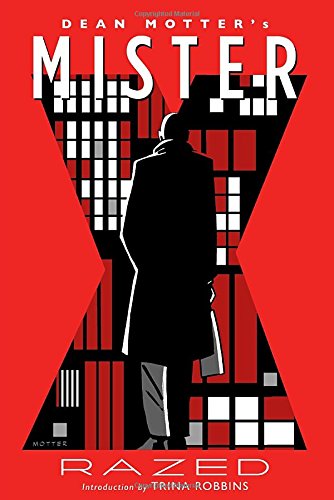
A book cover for Mister X: Razed; Dean Motter; Comics & Graphic Novels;